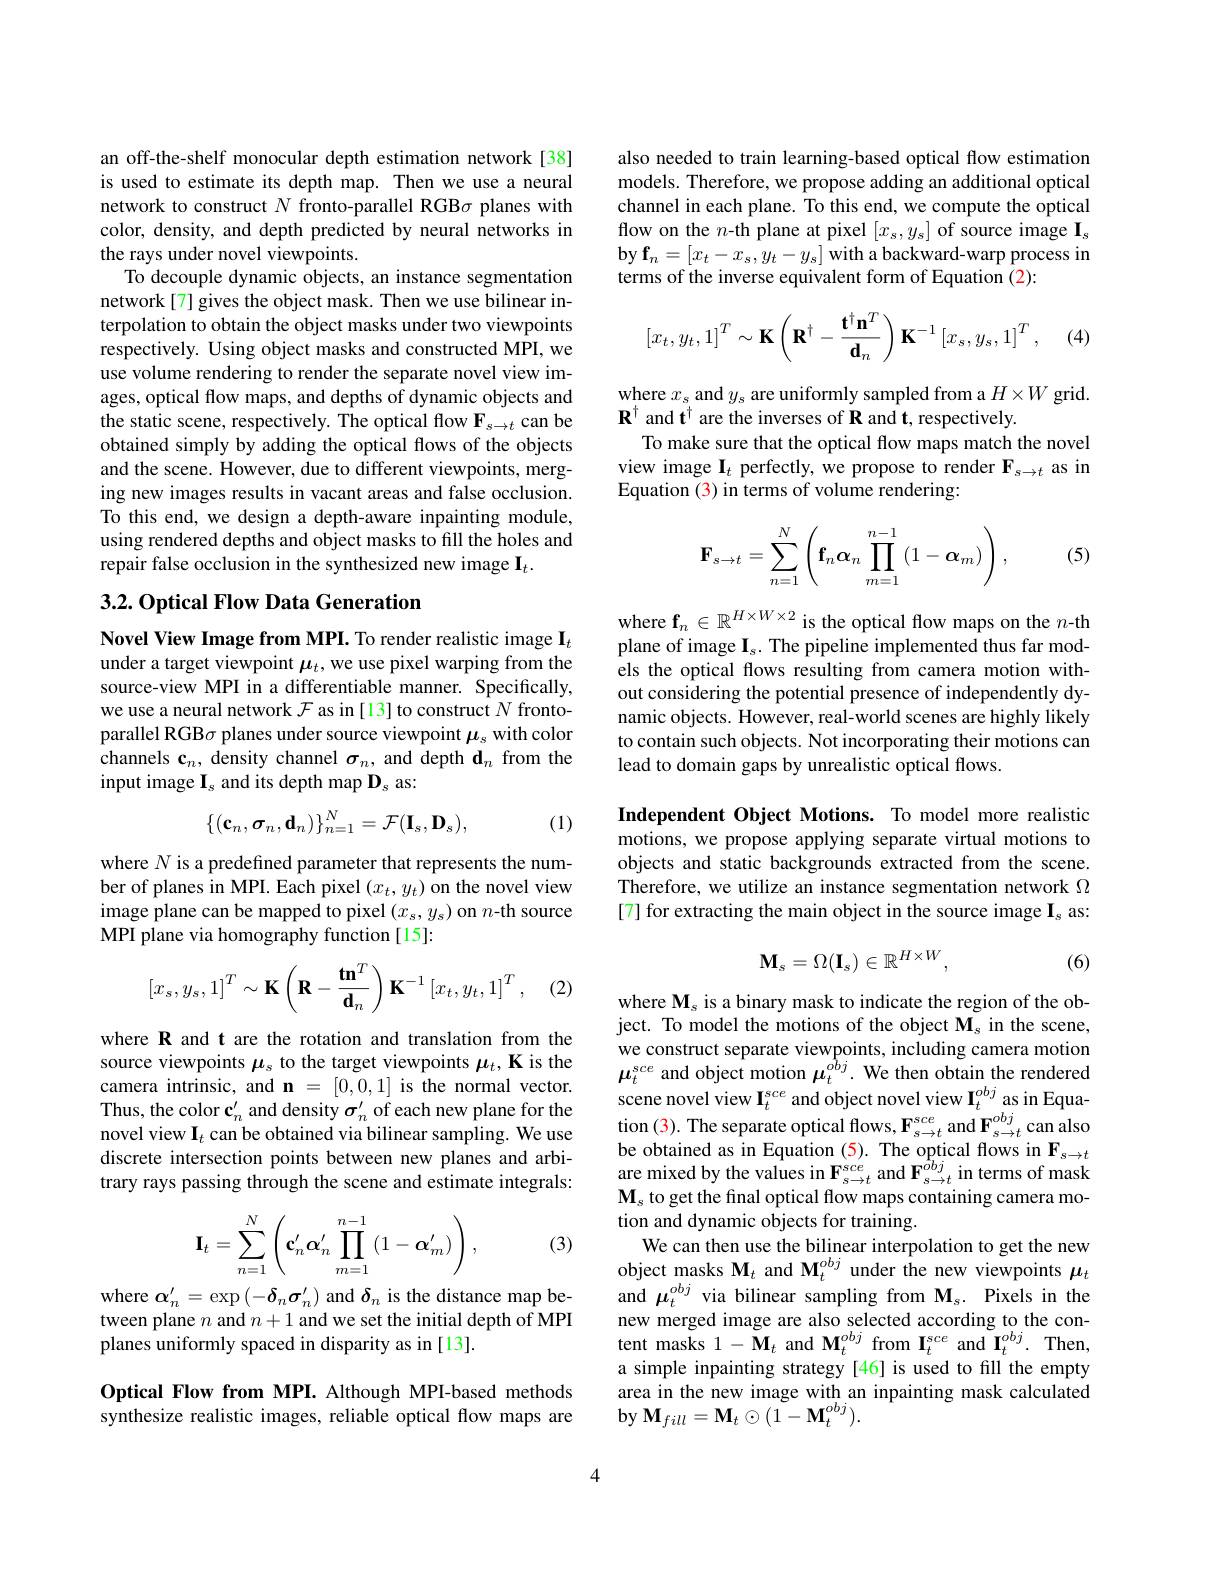
an off-the-shelf monocular depth estimation network[38] is used to estimate its depth map. Then we use a neural network to construct $N$ fronto-parallel RGB$\sigma$ planes with color, density, and depth predicted by neural networks in the rays under novel viewpoints.
To decouple dynamic objects, an instance segmentation network[7] gives the object mask. Then we use bilinear interpolation to obtain the object masks under two viewpoints respectively. Using object masks and constructed MPI, we use volume rendering to render the separate novel view images, optical flow maps, and depths of dynamic objects and the static scene, respectively. The optical flow $\mathbf{F}_{s\to t}$ can be obtained simply by adding the optical flows of the objects and the scene. However, due to different viewpoints, merging new images results in vacant areas and false occlusion. To this end, we design a depth-aware inpainting module, using rendered depths and object masks to fill the holes and repair false occlusion in the synthesized new image $\mathbf{I}_t.$

## $3. 2. \textbf{Optical Flow Data Generation}$

Novel View Image from MPI. To render realistic image $\mathbf{I}_t$ under a target viewpoint $\boldsymbol\mu_t$, we use pixel warping from the source-view MPI in a differentiable manner. Specifically, we use a neural network $\mathcal{F}$ as in [13] to construct $N$ frontoparallel RGB$\sigma$ planes under source viewpoint $\mu_s$ with color channels $\mathbf{c}_n$, density channel $\sigma_n$, and depth $\mathbf{d}_n$ from the input image $\mathbf{I}_s$ and its depth map $\mathbf{D}_s$ as:
$$\{(\mathbf{c}_n,\sigma_n,\mathbf{d}_n)\}_{n=1}^N=\mathcal{F}(\mathbf{I}_s,\mathbf{D}_s),$$
(1)

where $N$ is a predefined parameter that represents the number of planes in MPI. Each pixel $(x_t,y_t)$ on the novel view image plane can be mapped to pixel $(x_s,y_s)$ on $n$-th source MPI plane via homography function[15]:
$$\left[x_s,y_s,1\right]^T\sim\mathbf{K}\left(\mathbf{R}-\frac{\mathbf{tn}^T}{\mathbf{d}_n}\right)\mathbf{K}^{-1}\left[x_t,y_t,1\right]^T,$$
(2)

where R and t are the rotation and translation from the source viewpoints $\mu_s$ to the target viewpoints $\mu_t,\mathbf{K}$ is the camera intrinsic, and $\mathbf{n}=[0,0,1]$ is the normal vector. Thus, the color $\mathbf{c}_n^{\prime}$ and density $\sigma_n^{\prime}$ of each new plane for the novel view $\mathbf{I}_t$ can be obtained via bilinear sampling. We use discrete intersection points between new planes and arbitrary rays passing through the scene and estimate integrals:
$$\mathbf{I}_t=\sum\limits_{n=1}^N\left(\mathbf{c}_n'\boldsymbol{\alpha}_n'\prod\limits_{m=1}^{n-1}\left(1-\boldsymbol{\alpha}_m'\right)\right),$$
(3)

where $\boldsymbol{\alpha}_n^{\prime}=\exp\left(-\boldsymbol{\delta}_n\boldsymbol{\sigma}_n^{\prime}\right)$ and $\boldsymbol{\delta}_n$ is the distance map between plane $n$ and $n+1$ and we set the initial depth of MPI planes uniformly spaced in disparity as in [13].

Optical Flow from MPI. Although MPI-based methods synthesize realistic images, reliable optical flow maps are

also needed to train learning-based optical flow estimation models. Therefore, we propose adding an additional optical channel in each plane. To this end, we compute the optical flow on the $n$-th plane at pixel $[x_s,y_s]$ of source image Is $\mathbf{by}\mathbf{f}_{n}=[x_{t}-x_{s},y_{t}-y_{s}]$with a backward-warp process in terms of the inverse equivalent form of Equation (2):
$$\left[x_t,y_t,1\right]^T\sim\mathbf{K}\left(\mathbf{R}^\dagger-\frac{\mathbf{t}^\dagger\mathbf{n}^T}{\mathbf{d}_n}\right)\mathbf{K}^{-1}\left[x_s,y_s,1\right]^T,$$
(4)

where $x_s$ and $y_s$ are uniformly sampled from a $H\times W$ grid.
$\mathbf{R}^{\dagger}$ and t$^\dagger$ are the inverses of R and t, respectively.
To make sure that the optical flow maps match the novel view image $\mathbf{I}_t$ perfectly, we propose to render $\mathbf{F}_s\to t$ as in Equation (3) in terms of volume rendering:

(5)
$$\mathbf{F}_{s\to t}=\sum\limits_{n=1}^N\left(\mathbf{f}_n\boldsymbol{\alpha}_n\prod\limits_{m=1}^{n-1}\left(1-\boldsymbol{\alpha}_m\right)\right),$$
where $\mathbf{f}_n\in\mathbb{R}^{H\times W\times2}$ is the optical flow maps on the $n$-th plane of image $\mathbf{I}_s.$ The pipeline implemented thus far models the optical flows resulting from camera motion without considering the potential presence of independently dynamic objects. However, real-world scenes are highly likely to contain such objects. Not incorporating their motions can lead to domain gaps by unrealistic optical ffows.

Independent Object Motions. To model more realistic motions, we propose applying separate virtual motions to objects and static backgrounds extracted from the scene. Therefore, we utilize an instance segmentation network $\Omega$ [7] for extracting the main object in the source image Is as:
$$\mathbf{M}_s=\Omega(\mathbf{I}_s)\in\mathbb{R}^{H\times W},$$
(6)

where $\mathbf{M}_s$ is a binary mask to indicate the region of the object. To model the motions of the object Ms in the scene, we construct separate viewpoints, including camera motion $\mu_{t}^{sce}$ and object motion $\mu_t^{obj}.$ We then obtain the rendered scene novel view I$_t^{sce}$ and object novel view I$_t^{obj}$ as in Equation (3).The separate optical flows, F$_s\to t^{sce}$ and $\mathbf{F}_s\to t^{obj}$ can also be obtained as in Equation (5). The optical flows in $\mathbf{F}_{s\to t}$ are mixed by the values in $\mathbf{F}_{s\to t}^{sce}$ and $\mathbf{F}_{s\to t}^{\hat{o}bj}$ in terms of mask $\mathbf{M}_{s}$ to get the final optical flow maps containing camera motion and dynamic objects for training
We can then use the bilinear interpolation to get the new object masks $\mathbf{M}_t$ and $\mathbf{M}_t^{obj}$ under the new viewpoints $\mu_t$ and $\mu_t^{obj}$ via bilinear sampling from $\mathbf{M}_s.$ Pixels in the new merged image are also selected according to the content masks $1-\mathbf{M}_{t}$ and $\mathbf{M}_{t}^{obj}$ from $\mathbf{I}_{t}^{sce}$ and $\mathbf{I}_{t}^{obj}.$ Then, a simple inpainting strategy[46] is used to fill the empty area in the new image with an inpainting mask calculated $\mathbf{by}\mathbf{M}_{fill}=\mathbf{M}_{t}\odot(1-\mathbf{M}_{t}^{obj}).$

4